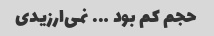
حجم کم بود ….. نمی‌ارزیدی